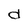
Character: d